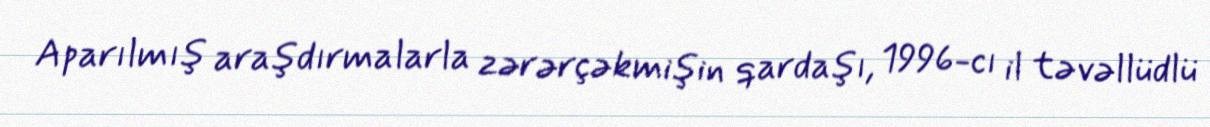
Aparılmış araşdırmalarla zərərçəkmişin qardaşı, 1996-cı il təvəllüdlü